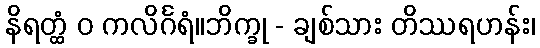
နိရတ္ထံ ဝ ကလိင်္ဂရံ။ဘိက္ခု - ချစ်သား တိဿရဟန်း၊